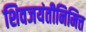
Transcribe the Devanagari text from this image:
शिवजयंतीनिमित्त